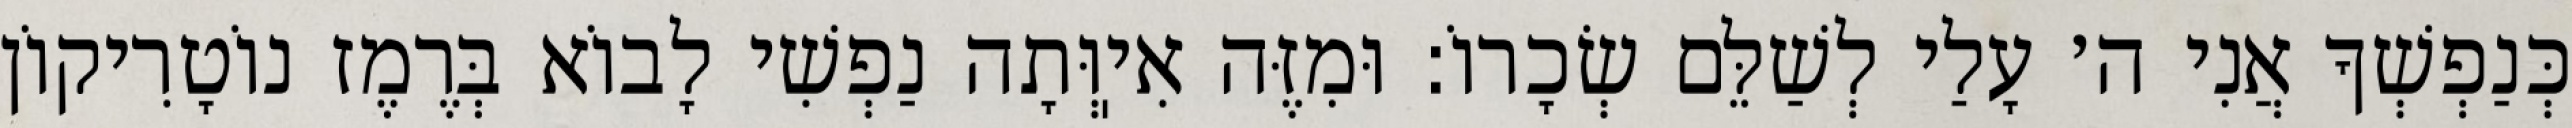
כְּנַפְשְׁךָ אֲנִי ה׳ עָלַי לְשַׁלֵּם שְׂכָרוֹ: וּמִזֶּה אִיֽוְּתָה נַפְשִׁי לָבוֹא בְּרֶמֶז נוֹטָרִיקוֹן